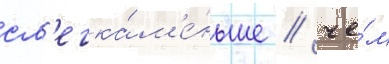
сл'егка́ м'е́ньше / че́м